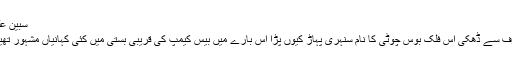
سبین علی
برف سے ڈھکی اْس فلک بوس چوٹی کا نام سنہری پہاڑ کیوں پڑا اس بارے میں بیس کیمپ کی قریبی بستی میں کئی کہانیاں مشہور تھیں۔